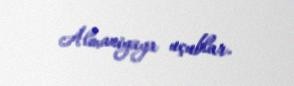
Almaniyaya uçublar.